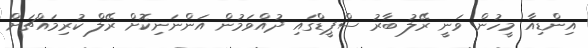
އިންޑިއާ މީހުން ވަނީ ރޭލު ބާރު ސްޕީޑްގައި ދުއްވަމުން އަންނަނިކޮށް ރޭލް ކުރިމައްޗަށް